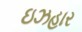
ઇઝહાર